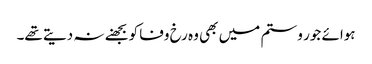
ہوائے جور و ستم میں بھی وہ رخ وفا کو بجھنے نہ دیتے تھے۔